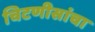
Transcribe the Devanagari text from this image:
चिटणीसांचा